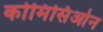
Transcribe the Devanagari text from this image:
कोमिसिओन